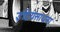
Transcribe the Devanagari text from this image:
इंद्रियसाधना